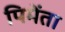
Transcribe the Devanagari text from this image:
पिमेंता